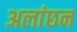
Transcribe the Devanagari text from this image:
अलांछन